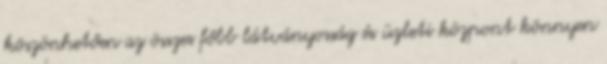
köszönhetően az összes főbb látványosság és üzleti központ könnyen